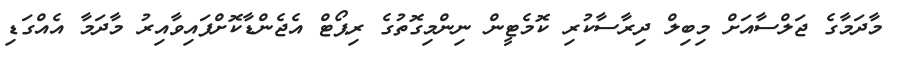
މާދަމާގެ ޖަލްސާއަށް މިބިލް ދިރާސާކުރި ކޮމެޓީން ނިންމިގޮތުގެ ރިޕޯޓް އެޖެންޑާކޮށްފައިވާއިރު މާދަމާ އެއްގަޑި